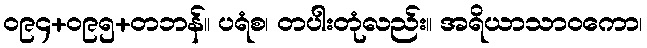
ဝ၉၄+ဝ၉၅+တဘန်။ ပရံစ၊ တပါးတုံလည်း။ အရိယာသာဝကော၊